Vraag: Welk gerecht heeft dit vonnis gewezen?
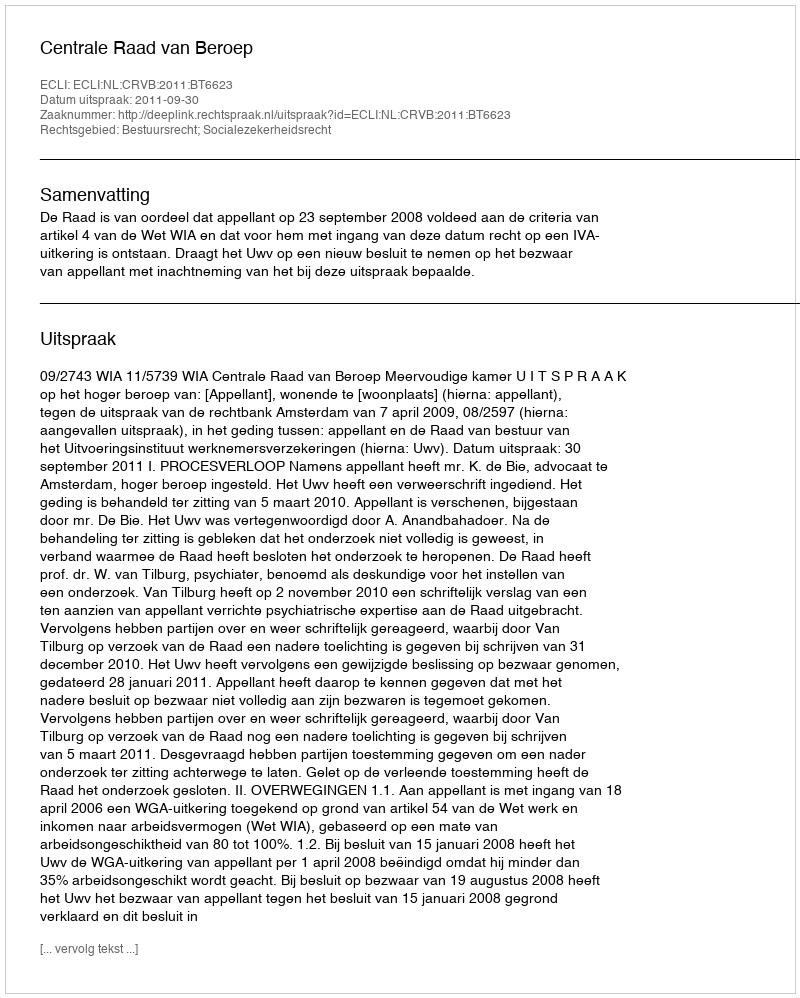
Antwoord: Centrale Raad van Beroep